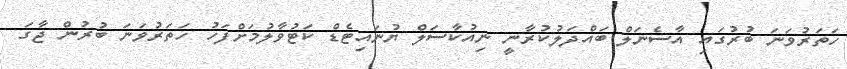
ހަތަރުވަނަ ބުރުގައި އާސެނަލް ބައްދަލުކުރާނީ ނިއުކާސަލް ޔުނައިޓެޑް ކަޓުވާލުމަށްފަހު ހަތަރުވަނަ ބުރުން ޖާގަ